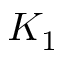
K _ { 1 }